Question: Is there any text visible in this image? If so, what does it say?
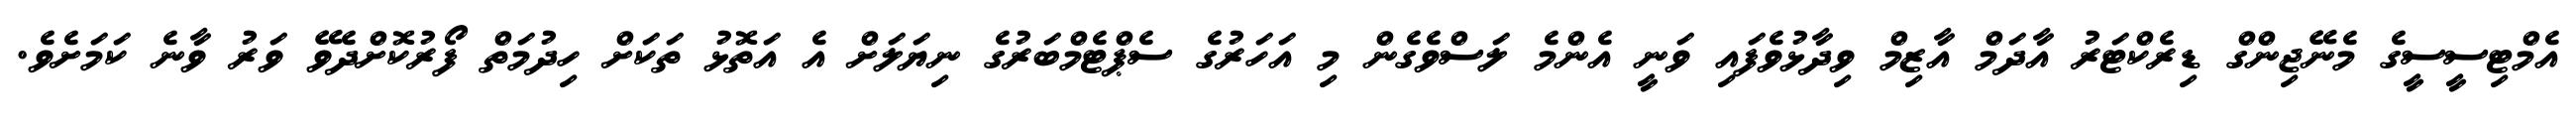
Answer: އެމްޓިސީސީގެ މެނޭޖިންގް ޑިރެކްޓަރު އާދަމް އާޒިމް ވިދާޅުވެފައި ވަނީ އެންމެ ލަސްވެގެން މި އަހަރުގެ ސެޕްޓެމްބަރުގެ ނިޔަލަށް އެ އަތޮޅު ތަކަށް ހިދުމަތް ފޯރުކޮށްދެވޭ ވަރު ވާނެ ކަމަށެވެ.